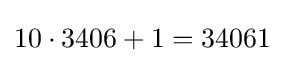
10\cdot 3406+1=34061